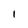
Character: 1